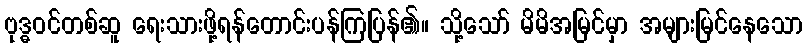
ဗုဒ္ဓဝင်တစ်ဆူ ရေးသားဖို့ရန်တောင်းပန်ကြပြန်၏။ သို့သော် မိမိအမြင်မှာ အများမြင်နေသော